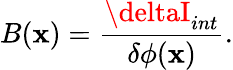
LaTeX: B(\mathbf{x})=\frac{{\deltaI_{int}}}{{\delta\phi(\mathbf{x})}}.